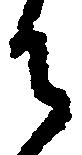
御